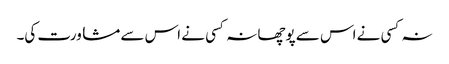
نہ کسی نے اس سے پوچھا نہ کسی نے اس سے مشاورت کی۔